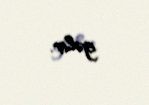
gəlir.